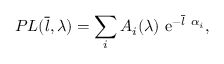
P L ( \overline { { l } } , \lambda ) = \sum _ { i } A _ { i } ( \lambda ) \ \mathrm { e } ^ { - \overline { { l } } \ \alpha _ { i } } ,